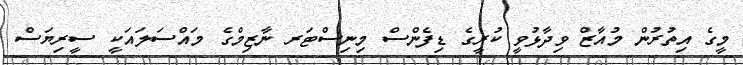
މީގެ އިތުރުން މުއާޒް ވިދާާޅުވީ ކުރީގެ ޑިފެންސް މިނިސްޓަރ ނާޒިމްގެ މައްސަލައަކީ ސީރިޔަސް